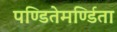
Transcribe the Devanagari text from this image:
पण्डितेमर्ण्डिता